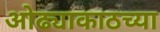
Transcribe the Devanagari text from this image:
ओढ्याकाठच्या